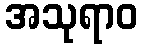
အသုရာဝ